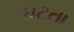
ઘટતા